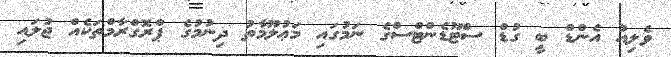
ވެލިއު އެންޑް ބީ ގުޑް ސްޓޫޑެންޓްސްގެ ނަމުގައި މަޢުލޫމާތު ދިނުމުގެ ޕްރޮގްރާމްތަކެއް ޖުލައި